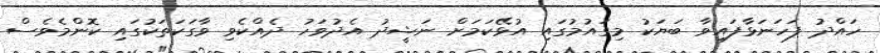
ހައްދު ފަހަނަޅާފައިވާ ބަޔަކު މިގައުމުގައި އުޅޭކަމަށް ނަޝީދު އެދުވަހު ދެއްކެވި ވާގަކަތަކުގައި ކޮންމެވެސް